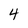
Character: 4